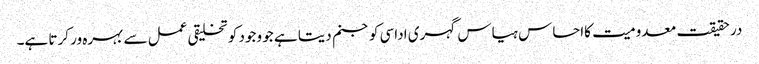
در حقیقت معدومیت کااحساس ہیاس گہری اداسی کو جنم دیتا ہے جو وجود کو تخلیقی عمل سے بہرہ ور کرتا ہے۔